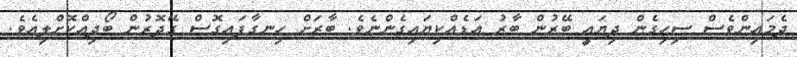
ދެމައިންވެސް ސިހިގެން ދިޔައީ ބޭރުން ބާރު އަޑެއްކިޔައިގެންނެވެ. ބާރަށް ހިނގާފައިގޮސް ގޭދޮރުން ބޯދިއްކޮށްލިއެވެ.